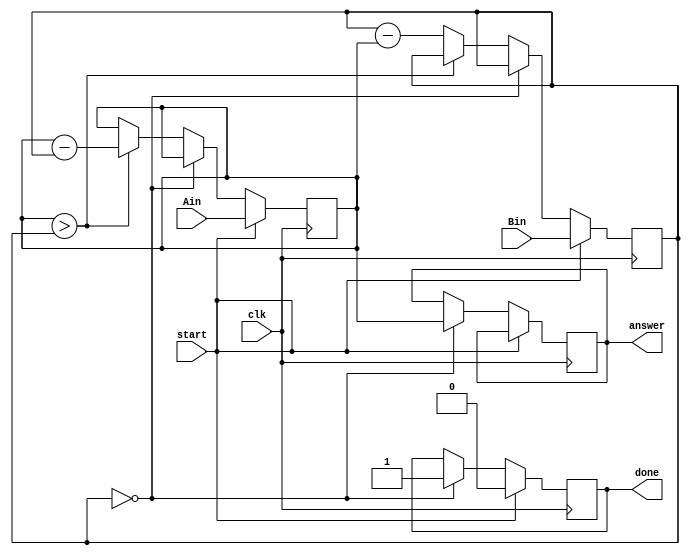

module gcd(
  input clk,start,
  input [15:0] Ain,Bin,
  output reg [15:0] answer,
  output reg done
);

  reg [15:0] a,b;
  always @ (posedge clk) begin
    if (start) begin a <= Ain; b <= Bin; done <= 0; end
    else if (b == 0) begin answer <= a; done <= 1; end
    else if (a > b) a <= a - b;
    else b <= b - a;
  end
endmodule